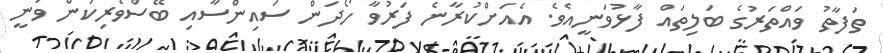
ތަފާތު ވައްތަރުގެ ބަލިތައް ފާޅުވަނީއެވެ. އެއަށްކުރާނެ ފަރުވާ ހޯދަން ސައިންސާއި ބޭސްވެރިކަން ވަނީ